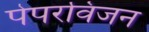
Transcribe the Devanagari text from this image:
पेपरविजन